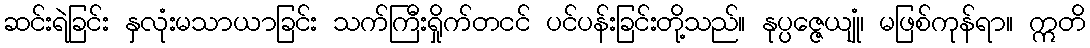
ဆင်းရဲခြင်း နှလုံးမသာယာခြင်း သက်ကြီးရှိုက်တငင် ပင်ပန်းခြင်းတို့သည်။ နုပ္ပဇ္ဇေယျုံ၊ မဖြစ်ကုန်ရာ။ ဣတိ